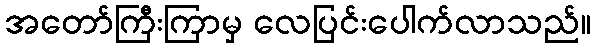
အတော်ကြီးကြာမှ လေပြင်းပေါက်လာသည်။